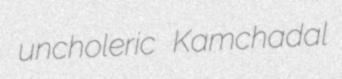
uncholeric Kamchadal